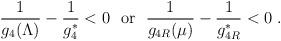
LaTeX: \begin{align*}{\frac{1}{g_4(\Lambda)}} - {\frac{1}{g^\ast_4}}<0 ~~\mbox{or}~~{\frac{1}{g_{4R}(\mu)}} - {\frac{1}{g^\ast_{4R}}}<0~.\end{align*}